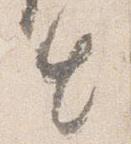
出